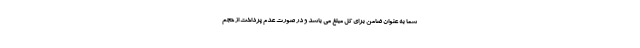
شما به عنوان ضامن برای کل مبلغ می باشد و در صورت عدم پرداخت از حجم